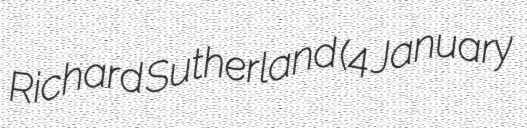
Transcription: Richard Sutherland (4 January